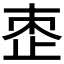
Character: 𬅼